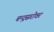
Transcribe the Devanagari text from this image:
चन्द्रसरोवर